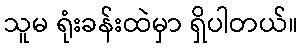
သူမ ရုံးခန်းထဲမှာ ရှိပါတယ်။